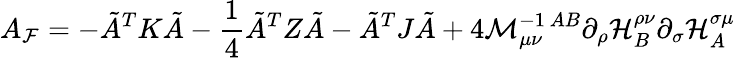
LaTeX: A_{\cal F}=-\tilde{A}^{T}K\tilde{A}-\frac{1}{4}\tilde{A}^{T}Z\tilde{A}-\tilde{A}^{T}J\tilde{A}+4{\cal M}_{\mu\nu}^{-1\ AB}\partial_{\rho}{\cal H}_{B}^{\rho\nu}\partial_{\sigma}{\cal H}_{A}^{\sigma\mu}